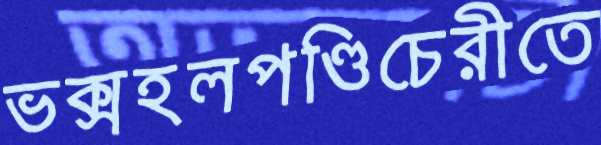
ভক্সহলপণ্ডিচেরীতে